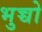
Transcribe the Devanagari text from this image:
भुच्चो